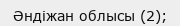
Әндіжан облысы (2);